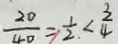
\frac { 2 0 } { 4 0 } = \frac { 1 } { 2 } < \frac { 3 } { 4 }